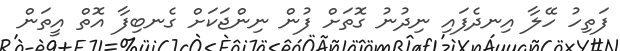
ފަތިހު ހޭލާ އިނދެފައި ނިދުނު ގޮތަށް ފުން ނިންޖަކަށް ގެނބިފާ އޮތް އީތަން